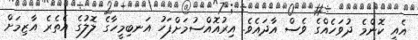
އެއީ ކޮންމެ ދުވަހެއްގެ ވެސް އާދައެވެ. އިރުއޮއްސުމަށްފަހު އަނބިމީހާގެ ލޮލުގެ އެތެރެ އާޒިމަށް